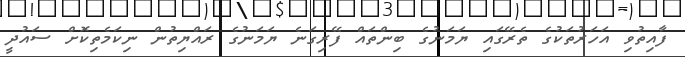
ފާއިތުވި އަހަރުތަކުގެ ތެރޭގައި ޔަމަނުގެ ބިންތައް ފޭރިގަނެ ޔަމަނުގެ ރައްޔިތުން ނިކަމެތިކޮށް ސައުދީ